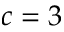
c = 3